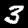
Label: 3